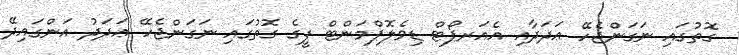
ގޮތުގައި ނަގަންޖެހޭ ޢަދަދާއި އެއަރޕޯޓް ޑިވެލޮޕްމަންޓް ފީގެ ގޮތުގައި ނަގަންޖެހޭ ޢަދަދު އަންގައިދޭ